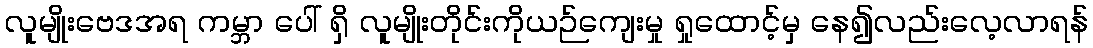
လူမျိုးဗေဒအရ ကမ္ဘာ ပေါ် ရှိ လူမျိုးတိုင်းကိုယဉ်ကျေးမှု ရှုထောင့်မှ နေ၍လည်းလေ့လာရန်